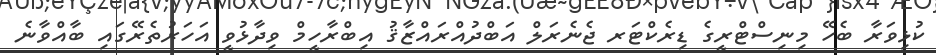
ކުޅިވަރާ ބެހޭ މިނިސްޓްރީގެ ޑިރެކްޓަރ ޖެނެރަލް އަބްދުއްރައްޒާޤު އިބްރާހީމް ވިދާޅުވީ އަހަރުތެރޭގައި ބާއްވާނެ